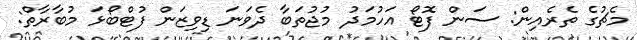
މެޗުގެ ތެރެއިން: ސަން ފޮޓޯ އަހުމަދު މުޖުތަބާ ދެވަނަ ޑިވިޒަން ފުޓްބޯޅަ މުބާރާތް: